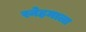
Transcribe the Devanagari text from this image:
स्नेहमाला